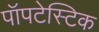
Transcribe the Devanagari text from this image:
पॉपटेस्टिक